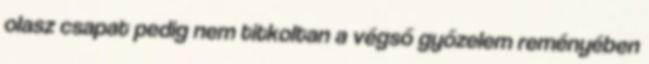
olasz csapat pedig nem titkoltan a végső győzelem reményében